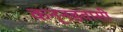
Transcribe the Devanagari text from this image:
कन्नडवासी